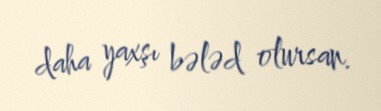
daha yaxşı bələd olursan.